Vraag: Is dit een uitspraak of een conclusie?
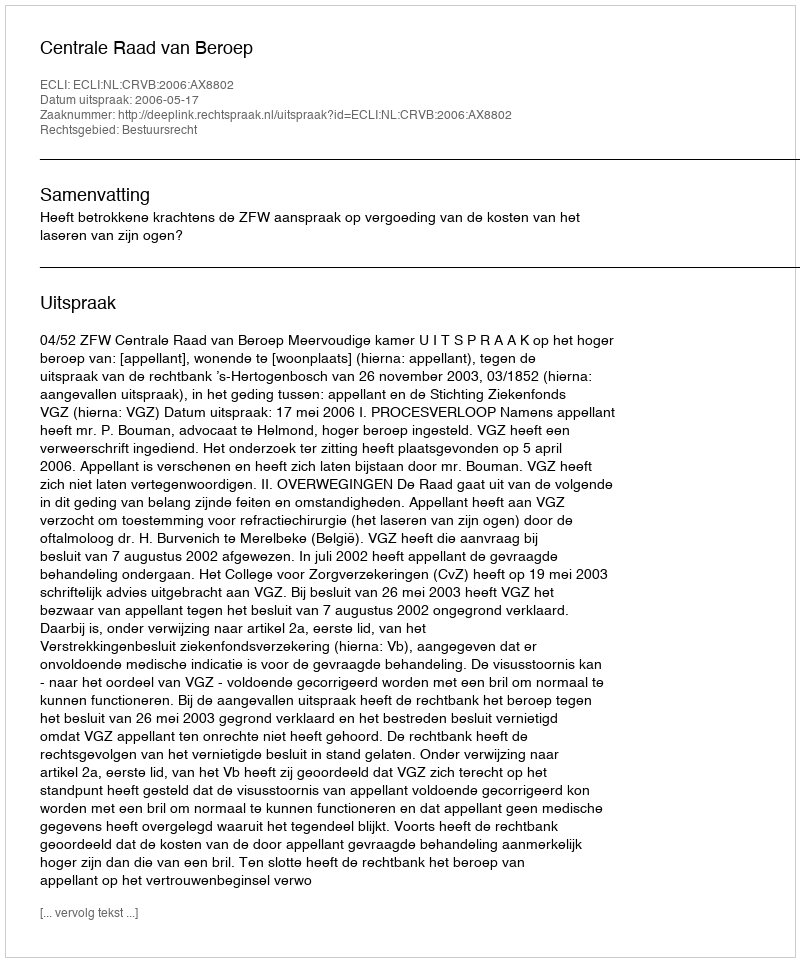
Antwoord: Uitspraak